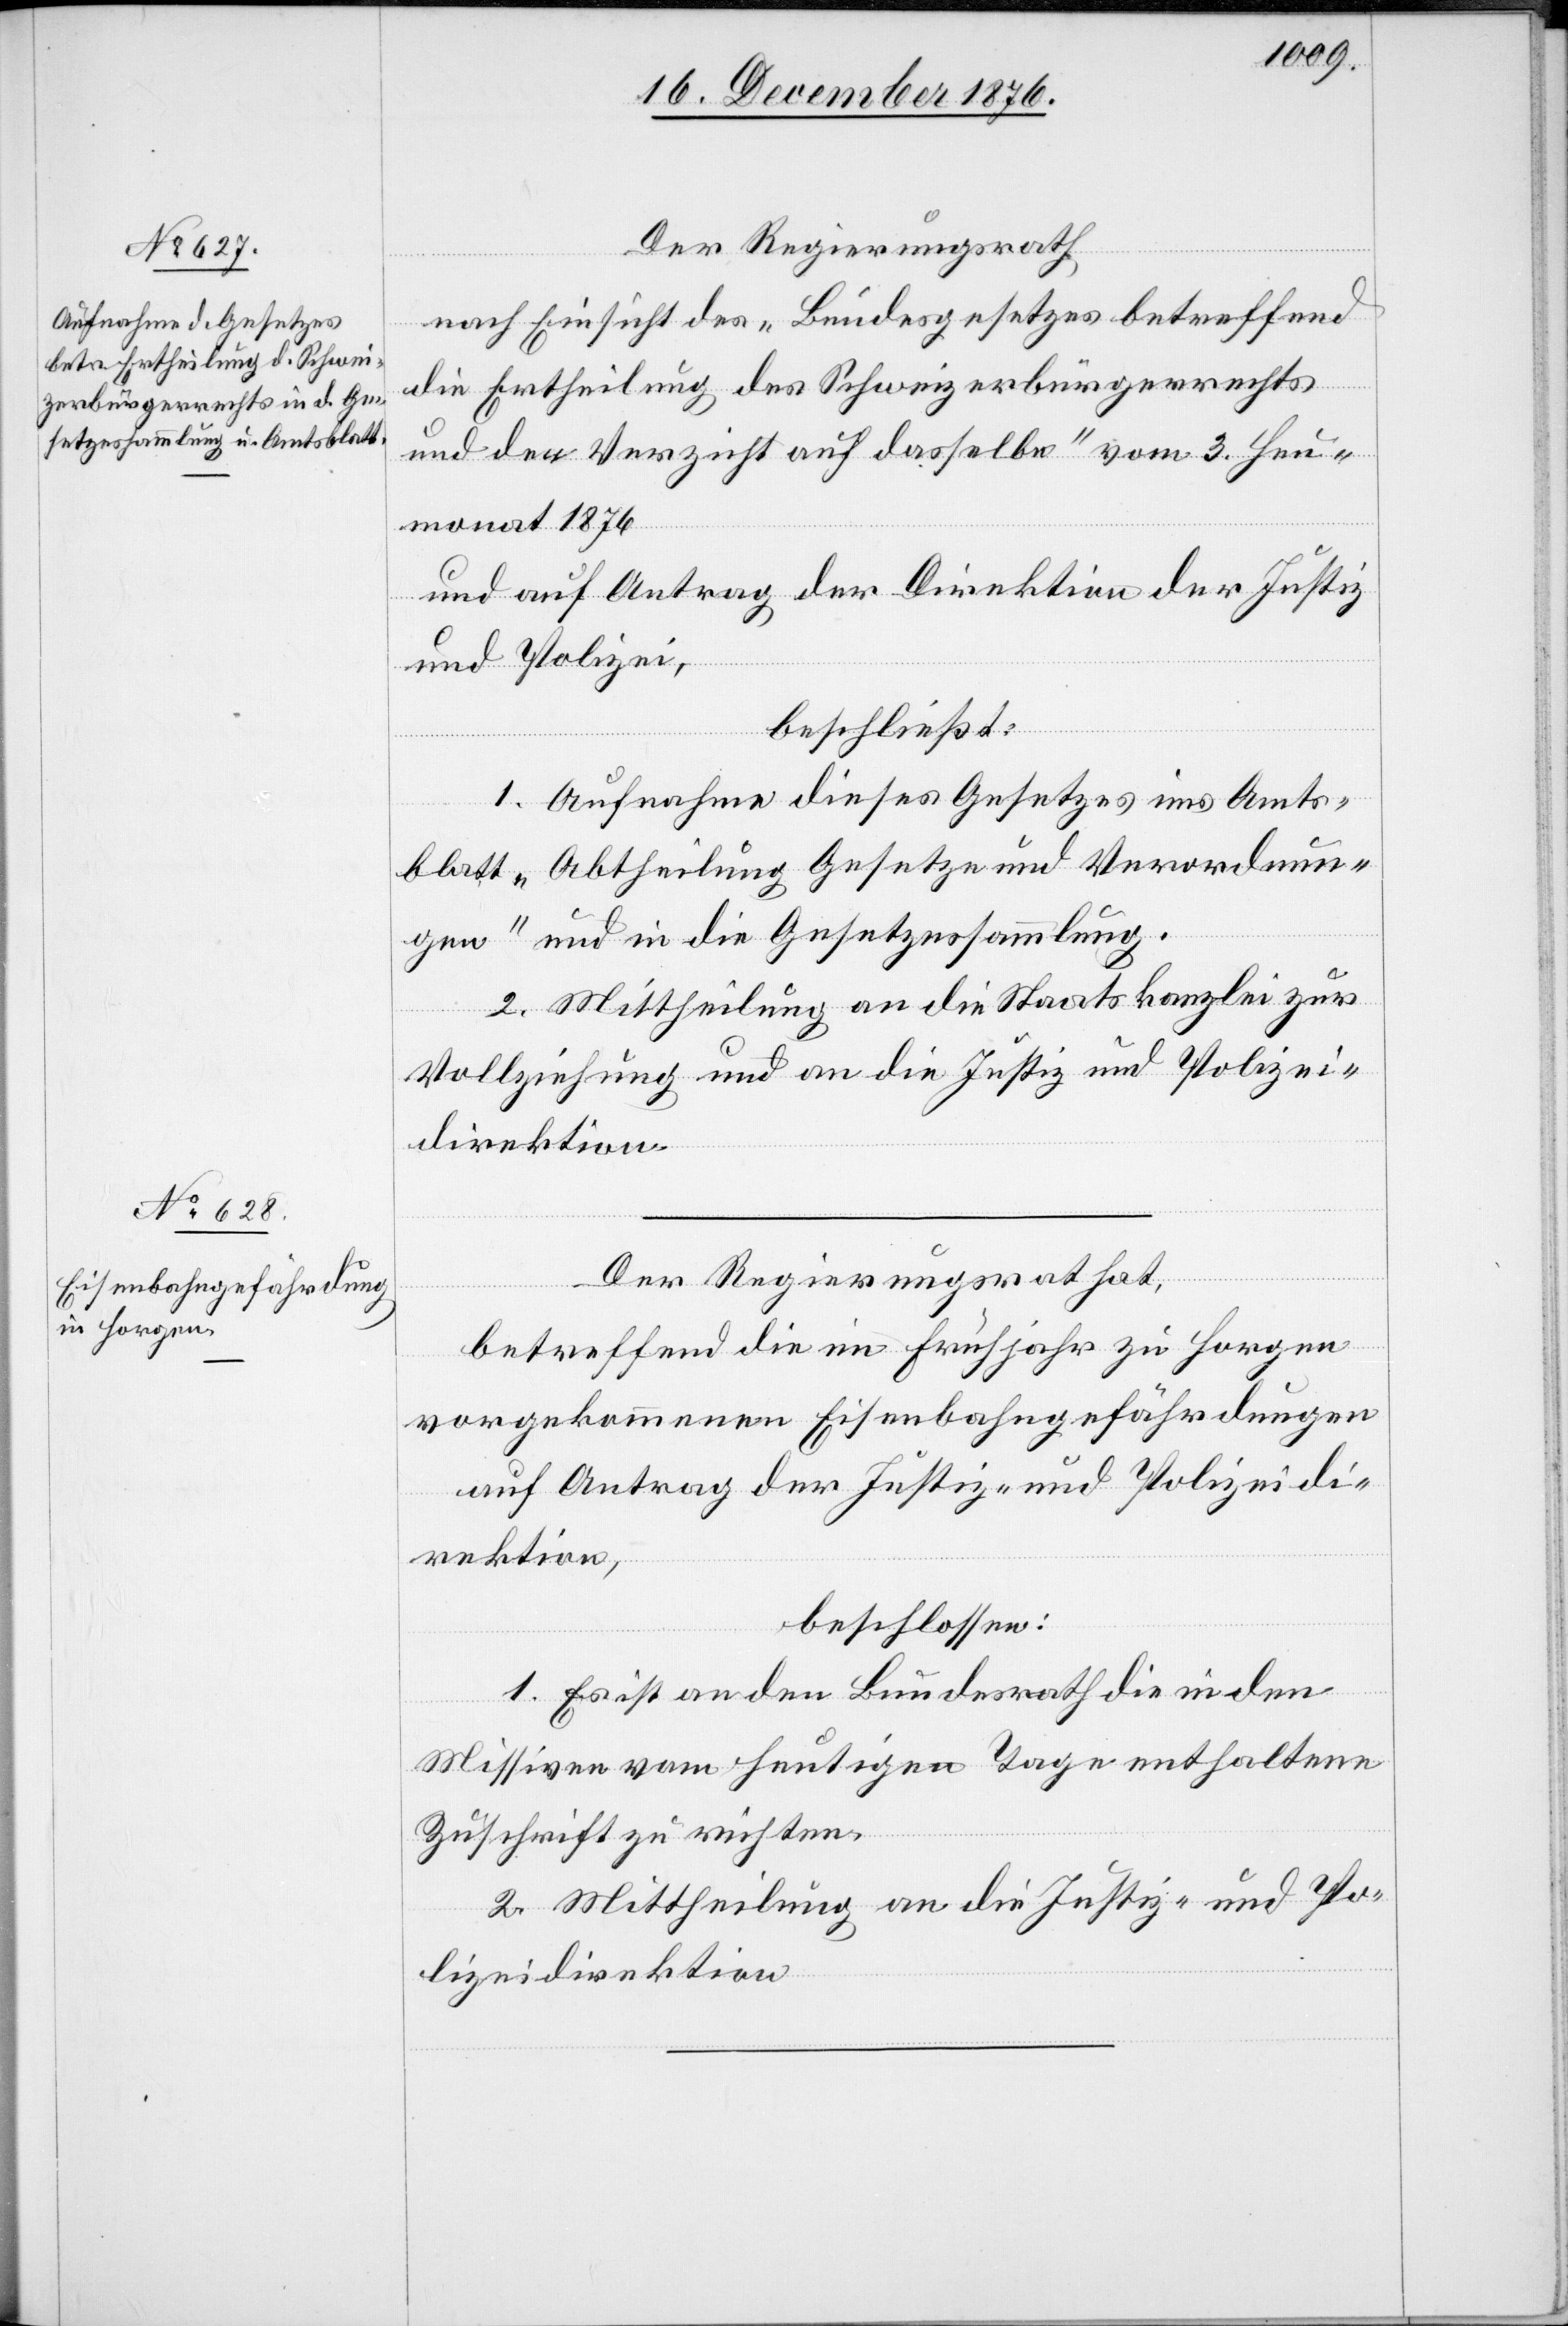
Der Regierungsrath
nach Einsicht des „Bundesgesetzes betreffend
die Ertheilung des Schweizerbürgerrechts
und den Verzicht auf dasselbe“ vom 3. Heu¬
monat 1876
beschließt:
1. Aufnahme dieses Gesetzes ins Amts¬
blatt „Abtheilung Gesetze und Verordnun¬
gen“ und in die Gesetzessammlung.
2. Mittheilung an die Staatskanzlei zur
Vollziehung und an die Justiz- und Polizei¬
direktion.
Der Regierungsrath hat,
und
betreffend die im Frühjahr zu Horgen
vorgekommenen Eisenbahngefährdungen
auf Antrag der Justiz- und Polizeidi¬
rektion,
beschlossen:
1. Es ist an den Bundesrath die in den
Missiven vom heutigen Tage enthaltene
Zuschrift zu richten.
2. Mittheilung an die Justiz- und Po¬
lizeidirektion.